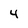
Character: 4